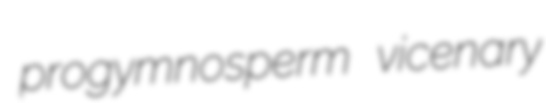
progymnosperm vicenary